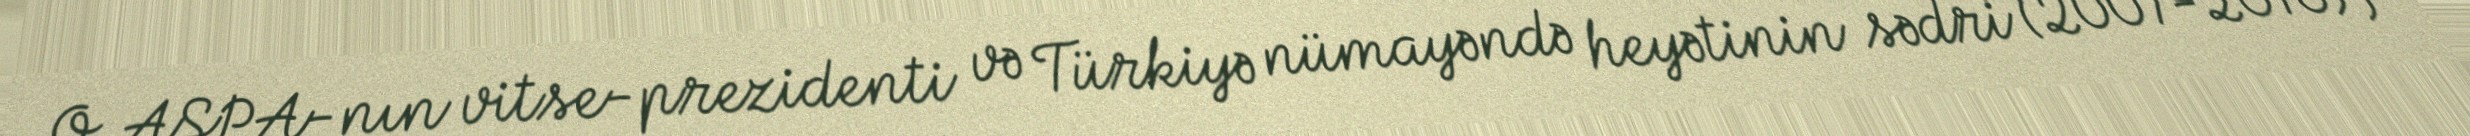
O, AŞPA-nın vitse-prezidenti və Türkiyə nümayəndə heyətinin sədri (2007-2010),